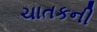
ચાતકની